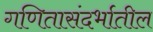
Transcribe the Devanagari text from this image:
गणितासंदर्भातील